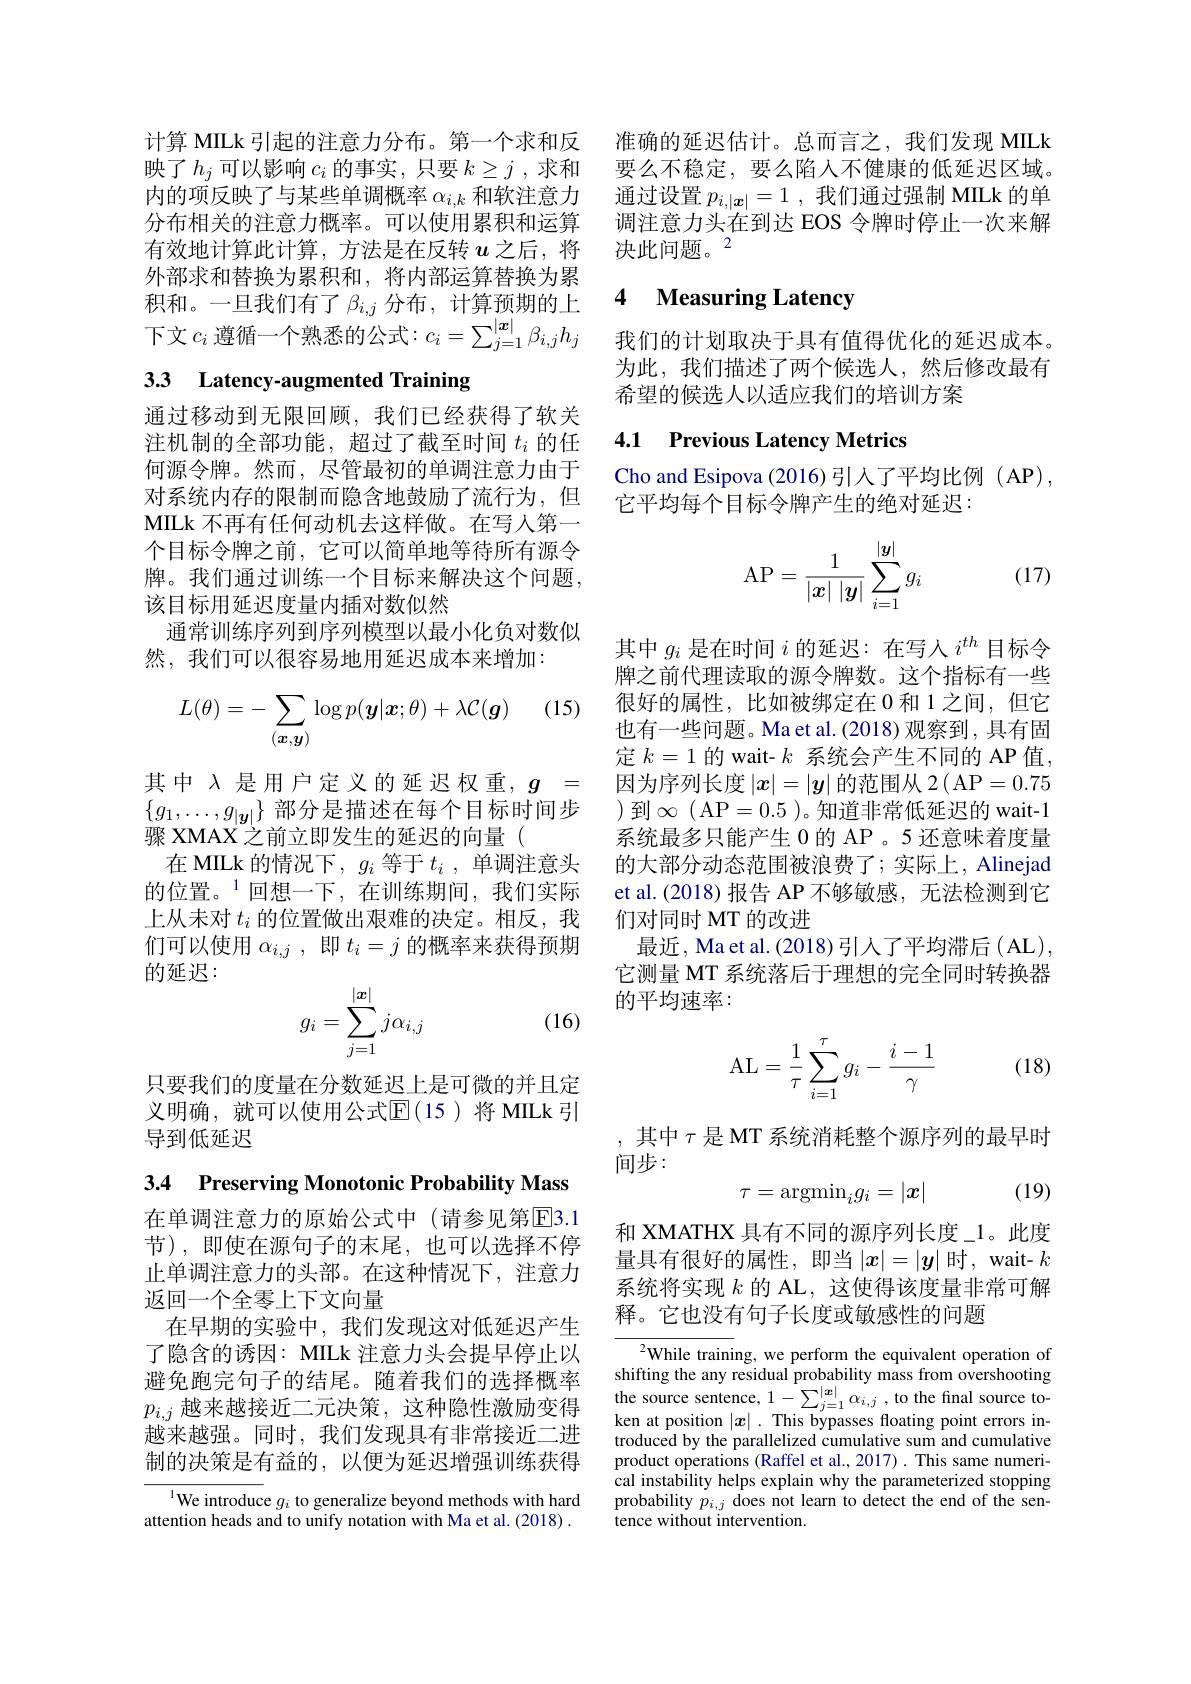
映了$h_j$可以影响$c_i$的事实，只要$k\geq j$,求和内的项反映了与某些单调概率$\alpha_i,k$和软注意力分布相关的注意力概率。可以使用累积和运算有效地计算此计算，方法是在反转$u$之后，将外部求和替换为累积和，将内部运算替换为累积和。一旦我们有了$\beta_i,j$分布，计算预期的上下文 $c_i$ 遵循一个熟悉的公式$:c_i=\sum_j=1^{|\boldsymbol{x}|}\beta_{i,j}h_j$

# 33 Latency-augmented Training

通过移动到无限回顾，我们已经获得了软关注机制的全部功能，超过了截至时间$t_i$的任何源令牌。然而，尽管最初的单调注意力由于对系统内存的限制而隐含地鼓励了流行为，但MILk 不再有任何动机去这样做。在写人第一个目标令牌之前，它可以简单地等待所有源令牌。我们通过训练一个目标来解决这个问题， 该目标用延迟度量内插对数似然
通常训练序列到序列模型以最小化负对数似
然，我们可以很容易地用延迟成本来增加：

(15)
$$\begin{aligned}L(\theta)=-\sum_{(\boldsymbol{x},\boldsymbol{y})}\log p(\boldsymbol{y}|\boldsymbol{x};\theta)+\lambda\mathcal{C}(\boldsymbol{g})\end{aligned}$$
其中$\lambda$是用户定义的延迟权重，$g=$ $\{g_1,\ldots,g_{|\boldsymbol{y}|}\}$部分是描述在每个目标时间步骤 XMAX 之前立即发生的延迟的向量(
在 MILk 的情况下，$g_i$等于$t_i$,单调注意头的位置。$^{1}$回想一下，在训练期间，我们实际上从未对$t_i$的位置做出艰难的决定。相反，我们可以使用$\alpha_{i,j}$,即$t_i=j$的概率来获得预期的延迟：
$$g_i=\sum_{j=1}^{|\boldsymbol{x}|}j\alpha_{i,j}$$
(16)

只要我们的度量在分数延迟上是可微的并且定义明确，就可以使用公式$\mathbb{E}(15)$将 MIILk引导到低延迟

3.4 Preserving Monotonic Probability Mass

在单调注意力的原始公式中(请参见第$\overline{\mathrm{E}}$3.1节),即使在源句子的末尾，也可以选择不停止单调注意力的头部。在这种情况下，注意力返回一个全零上下文向量
在早期的实验中，我们发现这对低延迟产生了隐含的诱因：MILk 注意力头会提早停止以避免跑完句子的结尾。随着我们的选择概率$p_{i,j}$越来越接近二元决策，这种隐性激励变得越来越强。同时，我们发现具有非常接近二进制的决策是有益的，以便为延迟增强训练获得

$^{1}$We introduce $g_i$ to generalize beyond methods with hard attention heads and to unify notation with Ma et al. (2018) .

计算 MILk引起的注意力分布。第一个求和反 准确的延迟估计。总而言之，我们发现 MILk
要么不稳定，要么陷入不健康的低延迟区域。通过设置$p_i, | \boldsymbol{x}| = 1$ ,我们通过强制 MIILk 的单调注意力头在到达 EOS 令牌时停止一次来解决此问题。2

# 4 Measuring Latency

我们的计划取决于具有值得优化的延迟成本。为此，我们描述了两个候选人，然后修改最有希望的候选人以适应我们的培训方案

### 4.1 Previous Latency Metrics

Cho and Esipova (2016)引入了平均比例 (AP),
它平均每个目标令牌产生的绝对延迟：

(17)
$$\mathrm A\mathrm P=\dfrac{1}{|\boldsymbol x|\:|\boldsymbol y|}\sum_{i=1}^{|\boldsymbol y|}g_i$$
其中$g_i$是在时间$i$的延迟：在写人$i^th$目标令牌之前代理读取的源令牌数。这个指标有一些很好的属性，比如被绑定在 0 和 1 之间，但它也有一些问题。Ma et al. (2018) 观察到，具有固定$k=1$的 wait- $k$系统会产生不同的 AP 值， 因为序列长度$|x|=|\boldsymbol{y}|$的范围从 2( AP=0.75 ) 到$\infty$(AP=0.5 )。知道非常低延迟的 wait-1系统最多只能产生 0 的 AP 。5 还意味着度量的大部分动态范围被浪费了；实际上，Alinejad et al.(2018) 报告 AP 不够敏感，无法检测到它们对同时 MT 的改进
最近，Ma et al. (2018) 引入了平均滞后 ( AL), 它测量 MT 系统落后于理想的完全同时转换器的平均速率：

(18)
$$\mathrm A\mathrm L=\dfrac{1}{\tau}\sum_{i=1}^{\tau}g_i-\dfrac{i-1}{\gamma}$$
,其中$\tau$是 MT 系统消耗整个源序列的最早时
间步：
(19)
$$\tau=\operatorname{argmin}_ig_i=|\boldsymbol{x}|$$
和 XMATHX 具有不同的源序列长度\_1。此度量具有很好的属性，即当$|x|=|y|$时，wait- $k$ 系统将实现$k$的 AL, 这使得该度量非常可解释。它也没有句子长度或敏感性的问题

${\frac{{2}}{\mathrm{While~traini}}}$ng, we perform the equivalent operation of shifting the any residual probability mass from overshooting the source sentence, $1-\sum_{j=1}^{|\boldsymbol{x}|}\alpha_{i,j}$ ,to the final source token at position $|x|.$ This bypasses floating point errors introduced by the parallelized cumulative sum and cumulative product operations (Raffel et al., 2017) . This same numerical instability helps explain why the parameterized stopping probability $p_{i,j}$ does not learn to detect the end of the sentence without intervention